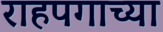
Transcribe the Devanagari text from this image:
राहपगाच्या